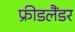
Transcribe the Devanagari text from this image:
फ्रीडलैंडर